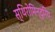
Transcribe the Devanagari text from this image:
स्थिरोमिन्द्रिय